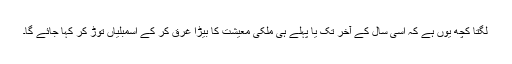
لگتا کچھ یوں ہے کہ اسی سال کے آخر تک یا پہلے ہی ملکی معیشت کا بیڑا غرق کر کے اسمبلیاں توڑ کر کہا جائے گا۔